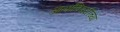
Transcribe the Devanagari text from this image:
आर्यांविषयीच्या